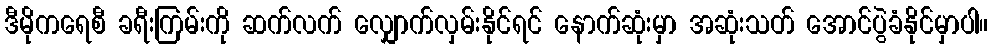
ဒီမိုကရေစီ ခရီးကြမ်းကို ဆက်လက် လျှောက်လှမ်းနိုင်ရင် နောက်ဆုံးမှာ အဆုံးသတ် အောင်ပွဲခံနိုင်မှာပါ။